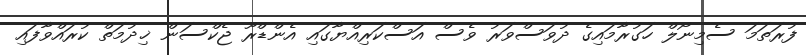
ފުރަތަމަ ސެމިނޯލް ހަގުރާމައިގެ ދުވަސްވަރު ވެސް އަސްކަރިއްޔާގައި އެންޑްރޫ ޖެކްސަން ޚިދުމަތް ކުރައްވާފައި